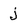
Character: j